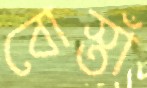
বোস্তাঁ